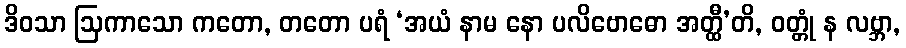
ဒိဝသာ ဩကာသော ကတော, တတော ပရံ ‘အယံ နာမ နော ပလိဗောဓော အတ္ထီ’တိ, ဝတ္တုံ န လဗ္ဘာ,